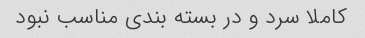
کاملا سرد و در بسته بندی مناسب نبود